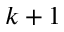
k + 1